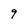
Character: 9